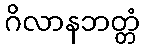
ဂိလာနဘတ္တံ